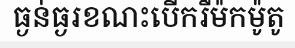
ធ្ងន់ធ្ងរខណះបើករឺម៉កម៉ូតូ